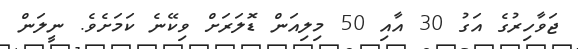
ޖަވާހިރުގެ އަގު 30 އާއި 50 މިލިއަން ޑޮލަރަށް ވިކޭނެ ކަމަށެވެ. ނީލަން